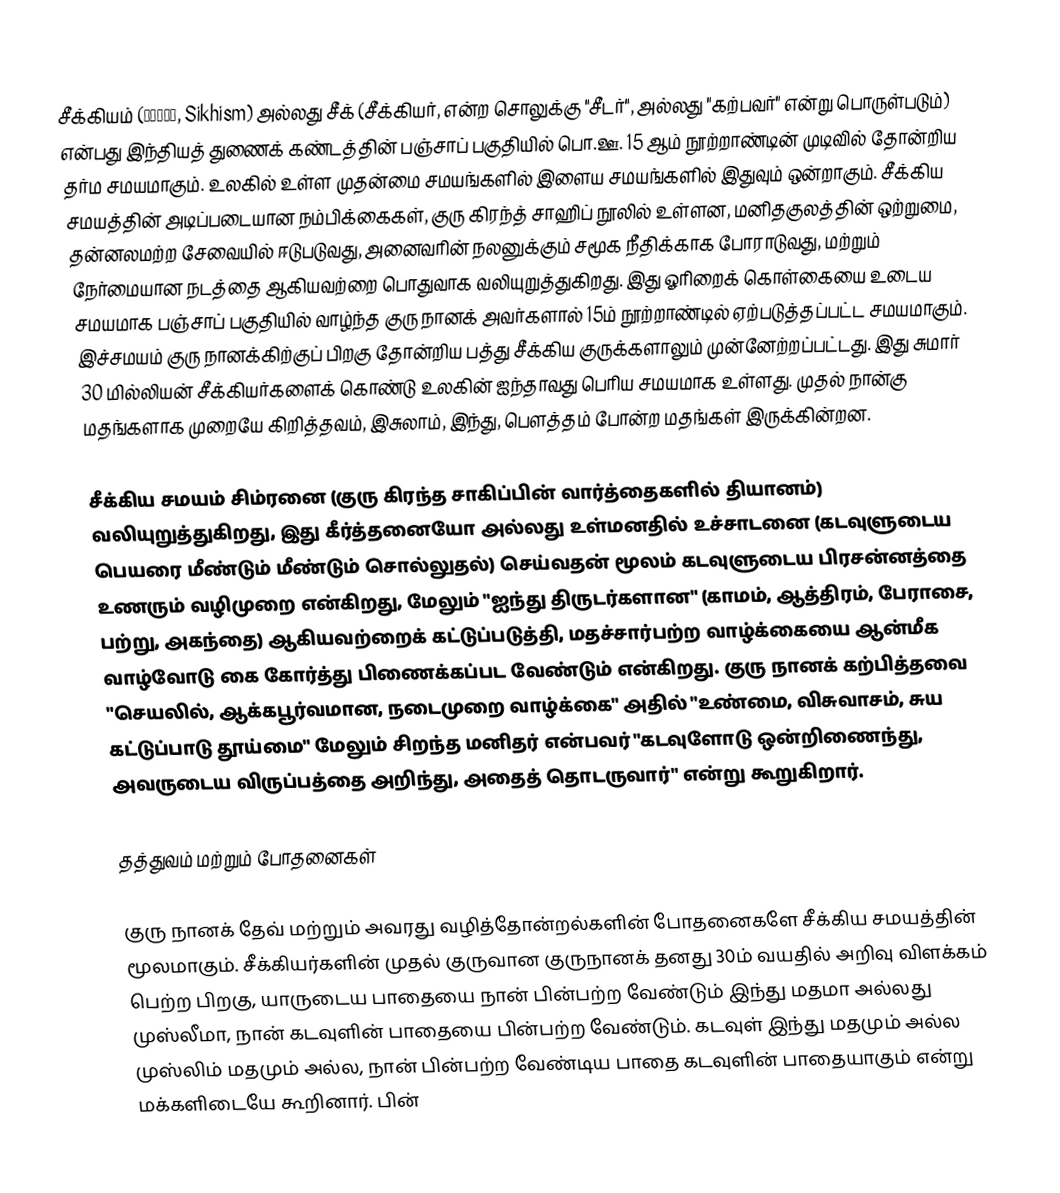
சீக்கியம் (ਸਿੱਖੀ, Sikhism) அல்லது சீக் (சீக்கியர், என்ற சொலுக்கு "சீடர்", அல்லது "கற்பவர்" என்று பொருள்படும்) என்பது இந்தியத் துணைக் கண்டத்தின் பஞ்சாப் பகுதியில் பொ.ஊ. 15 ஆம் நூற்றாண்டின் முடிவில் தோன்றிய தர்ம சமயமாகும். உலகில் உள்ள முதன்மை சமயங்களில் இளைய சமயங்களில் இதுவும் ஒன்றாகும். சீக்கிய சமயத்தின் அடிப்படையான நம்பிக்கைகள், குரு கிரந்த் சாஹிப் நூலில் உள்ளன, மனிதகுலத்தின் ஒற்றுமை, தன்னலமற்ற சேவையில் ஈடுபடுவது, அனைவரின் நலனுக்கும் சமூக நீதிக்காக போராடுவது, மற்றும் நேர்மையான நடத்தை ஆகியவற்றை பொதுவாக வலியுறுத்துகிறது. இது ஓரிறைக் கொள்கையை உடைய சமயமாக பஞ்சாப் பகுதியில் வாழ்ந்த குரு நானக் அவர்களால் 15ம் நூற்றாண்டில் ஏற்படுத்தப்பட்ட சமயமாகும். இச்சமயம் குரு நானக்கிற்குப் பிறகு தோன்றிய பத்து சீக்கிய குருக்களாலும் முன்னேற்றப்பட்டது. இது சுமார் 30 மில்லியன் சீக்கியர்களைக் கொண்டு உலகின் ஐந்தாவது பெரிய சமயமாக உள்ளது. முதல் நான்கு மதங்களாக முறையே கிறித்தவம், இசுலாம், இந்து, பௌத்தம் போன்ற மதங்கள் இருக்கின்றன.

சீக்கிய சமயம் சிம்ரனை (குரு கிரந்த சாகிப்பின் வார்த்தைகளில் தியானம்) வலியுறுத்துகிறது, இது கீர்த்தனையோ அல்லது உள்மனதில் உச்சாடனை (கடவுளுடைய பெயரை மீண்டும் மீண்டும் சொல்லுதல்) செய்வதன் மூலம் கடவுளுடைய பிரசன்னத்தை உணரும் வழிமுறை என்கிறது,  மேலும் "ஐந்து திருடர்களான" (காமம், ஆத்திரம், பேராசை, பற்று, அகந்தை) ஆகியவற்றைக் கட்டுப்படுத்தி,  மதச்சார்பற்ற வாழ்க்கையை ஆன்மீக வாழ்வோடு  கை கோர்த்து  பிணைக்கப்பட வேண்டும் என்கிறது. குரு நானக் கற்பித்தவை  "செயலில், ஆக்கபூர்வமான, நடைமுறை வாழ்க்கை" அதில்   "உண்மை, விசுவாசம், சுய கட்டுப்பாடு தூய்மை"   மேலும் சிறந்த மனிதர் என்பவர் "கடவுளோடு ஒன்றிணைந்து, அவருடைய விருப்பத்தை அறிந்து, அதைத் தொடருவார்" என்று கூறுகிறார்.

தத்துவம் மற்றும் போதனைகள்

குரு நானக் தேவ் மற்றும் அவரது வழித்தோன்றல்களின் போதனைகளே சீக்கிய சமயத்தின் மூலமாகும். சீக்கியர்களின் முதல் குருவான குருநானக் தனது 30ம் வயதில் அறிவு விளக்கம் பெற்ற பிறகு, யாருடைய பாதையை நான் பின்பற்ற வேண்டும் இந்து மதமா அல்லது முஸ்லீமா, நான் கடவுளின் பாதையை பின்பற்ற வேண்டும். கடவுள் இந்து மதமும் அல்ல முஸ்லிம் மதமும் அல்ல, நான் பின்பற்ற வேண்டிய பாதை கடவுளின் பாதையாகும் என்று மக்களிடையே கூறினார். பின்